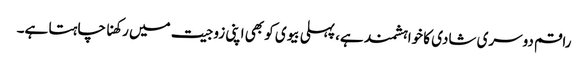
راقم دوسری شادی کا خواہشمند ہے، پہلی بیوی کو بھی اپنی زوجیت میں رکھنا چاہتا ہے۔